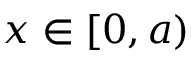
x \in [ 0 , a )